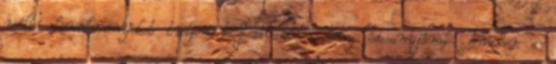
méltó körülményeket tudjon biztosítani a beteg édesanyjának. Amikor a